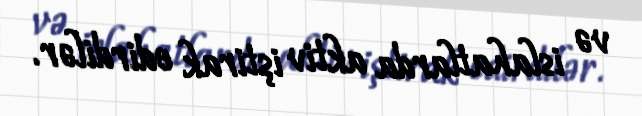
və islahatlarda aktiv iştirak edirdilər.